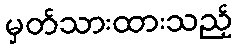
မှတ်သားထားသည့်